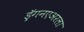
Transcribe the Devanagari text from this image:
ड्रॅगनएअरला